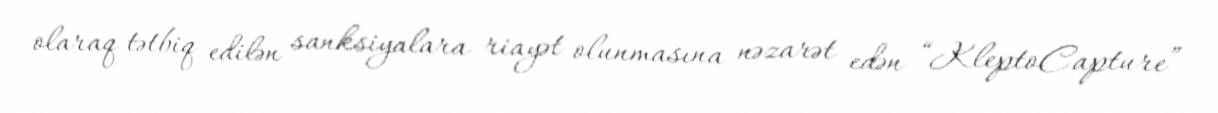
olaraq tətbiq edilən sanksiyalara riayət olunmasına nəzarət edən “KleptoCapture”